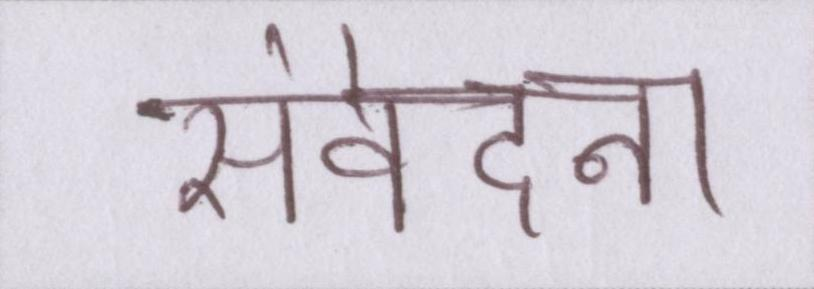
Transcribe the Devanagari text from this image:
संवेदना